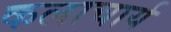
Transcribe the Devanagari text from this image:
कलाचार्य